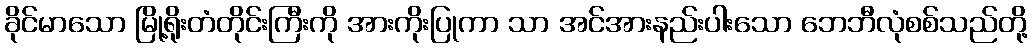
ခိုင်မာသော မြို့ရိုးတံတိုင်းကြီးကို အားကိုးပြုကာ သာ အင်အားနည်းပါးသော ဘေဘီလုံစစ်သည်တို့